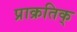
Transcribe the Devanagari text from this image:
प्राक्रतिक्